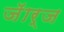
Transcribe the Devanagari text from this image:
जॅार्ज